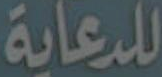
للدعاية